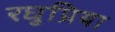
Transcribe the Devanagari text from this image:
रघुप्रिया